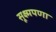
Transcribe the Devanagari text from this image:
सूक्ष्मपणा